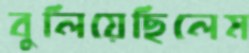
বুলিয়েছিলেম